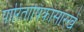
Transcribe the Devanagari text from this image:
पारितोषिकासारखे